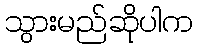
သွားမည်ဆိုပါက